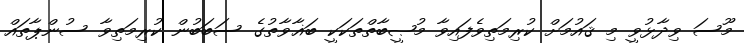
މޫސަ ވިދާޅުވީ މި ޤައުމަށް ކުރިމަތިވެފައިވާ މުޞީބާތްތަކަކީ ބަޣާވާތުގެ ސަބަބުން ކުރިމަތިވާ ސުންޕާތައް